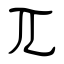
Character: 兀